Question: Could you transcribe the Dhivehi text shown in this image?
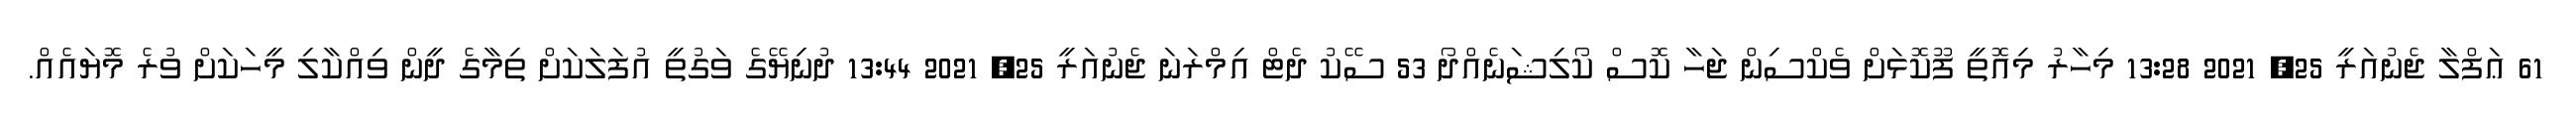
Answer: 61 ޢަފްލާ ޖެނުއަރީ 25, 2021 13:28 މިހާރު މިއޮތީ ފޫކޮޅަށް ވެކްސިން ޖަހާ ކޮސް ކޯލިޝަނެއްދޯ 53 ސޭކު ދެޓް އިމްރަނަ ޖެނުއަރީ 25, 2021 13:44 ދުނިޔޭގެ ވަގުތީ އުފަލަކަށް ތިމާގެ ދީން ވިއްކާލި މީހަކަށް ވުރެ މޮޔައެއް.